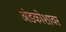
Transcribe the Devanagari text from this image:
अंडकोशावर